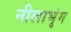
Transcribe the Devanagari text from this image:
नीलाभृंग